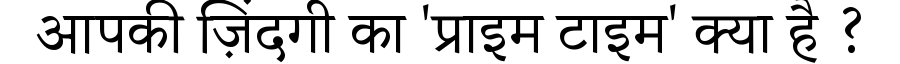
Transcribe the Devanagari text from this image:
आपकी ज़िंदगी का 'प्राइम टाइम' क्या है ?